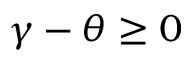
\gamma - \theta \geq 0